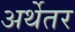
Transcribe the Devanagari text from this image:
अर्थेतर